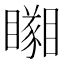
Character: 𥌘